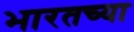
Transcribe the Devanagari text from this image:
भारतच्या